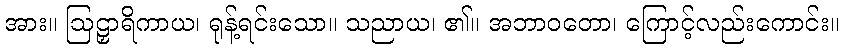
အား။ ဩဠှာရိကာယ၊ ရုန့်ရင်းသော။ သညာယ၊ ၏။ အဘာဝတော၊ ကြောင့်လည်းကောင်း။